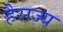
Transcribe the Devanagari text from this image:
हैराज्य